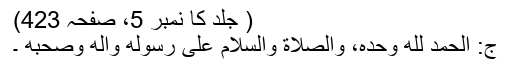
( جلد کا نمبر 5، صفحہ 423)
ج: الحمد لله وحده، والصلاة والسلام على رسوله وآله وصحبه ۔